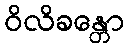
ဝိလိခန္တော